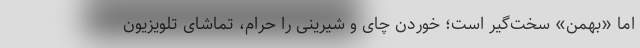
اما «بهمن» سخت‌گیر است؛ خوردن چای و شیرینی را حرام، تماشای تلویزیون